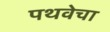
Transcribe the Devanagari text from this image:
पथवेचा